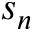
s _ { n }